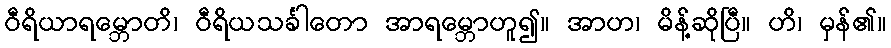
ဝီရိယာရမ္ဘောတိ၊ ဝီရိယသင်္ခါတော အာရမ္ဘောဟူ၍။ အာဟ၊ မိန့်ဆိုပြီ။ ဟိ၊ မှန်၏။